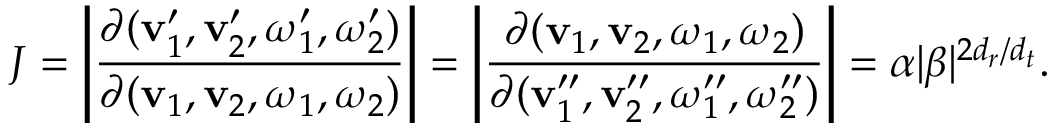
J = \left| \frac { \partial ( \mathbf { v } _ { 1 } ^ { \prime } , \mathbf { v } _ { 2 } ^ { \prime } , \boldsymbol { \omega } _ { 1 } ^ { \prime } , \boldsymbol { \omega } _ { 2 } ^ { \prime } ) } { \partial ( \mathbf { v } _ { 1 } , \mathbf { v } _ { 2 } , \boldsymbol { \omega } _ { 1 } , \boldsymbol { \omega } _ { 2 } ) } \right| = \left| \frac { \partial ( \mathbf { v } _ { 1 } , \mathbf { v } _ { 2 } , \boldsymbol { \omega } _ { 1 } , \boldsymbol { \omega } _ { 2 } ) } { \partial ( \mathbf { v } _ { 1 } ^ { \prime \prime } , \mathbf { v } _ { 2 } ^ { \prime \prime } , \boldsymbol { \omega } _ { 1 } ^ { \prime \prime } , \boldsymbol { \omega } _ { 2 } ^ { \prime \prime } ) } \right| = \alpha | \beta | ^ { 2 { d _ { r } } / { d _ { t } } } .